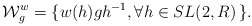
\begin{align*}{\cal W}_g^w= \{ w(h) g h^{-1}, \forall h \in SL(2,R) \, \}.\end{align*}